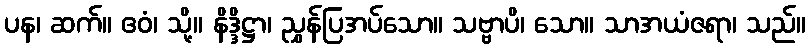
ပန၊ ဆက်။ ဧဝံ၊ သို့။ နိဒ္ဒိဋ္ဌာ၊ ညွှန်ပြအပ်သော။ သဗ္ဗာပိ၊ သော။ သာအယံဇရာ၊ သည်။